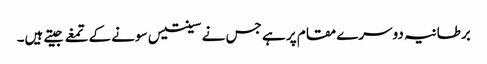
برطانیہ دوسرے مقام پر ہے جس نے سینتیس سونے کےتمغے جیتے ہیں۔